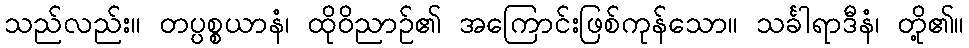
သည်လည်း။ တပ္ပစ္စယာနံ၊ ထိုဝိညာဉ်၏ အကြောင်းဖြစ်ကုန်သော။ သင်္ခါရာဒီနံ၊ တို့၏။